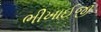
ભીખાઈજી